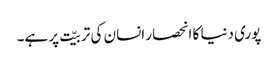
پوری دنیا کا انحصار انسان کی تربیّت پر ہے۔